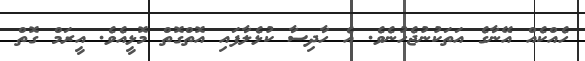
ހެއްކެއް އޭނާގެ އަތަކުނުޖެހުނެވެ. އެ ހާދިސާ ކުޅެލާފައި އޮތްގޮތް މޮޅީއެވެ. އީރަމް ގޮތް